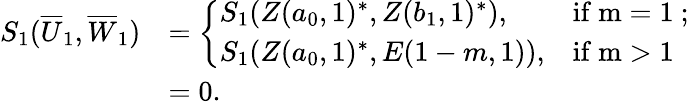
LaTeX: \begin{array}{rl}{S_{1}(\overline{{U}}_{1},\overline{{W}}_{1})}&{=\left\{ \begin{array}{ll}{S_{1}(Z(a_{0},1)^{*},Z(b_{1},1)^{*}),}&{\mathrm{if~m=1~};}\\ {S_{1}(Z(a_{0},1)^{*},E(1-m,1)),}&{\mathrm{if~m>1~}}\end{array}\right.}\\ &{=0.}\end{array}